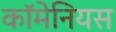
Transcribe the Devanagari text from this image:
कॉमेनियस